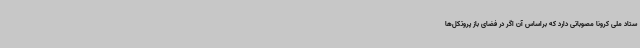
ستاد ملی کرونا مصوباتی دارد که براساس آن اگر در فضای باز پروتکل‌ها